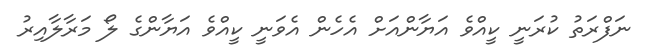
ނަފްރަތު ކުރަނީ ކީއްވެ އަޔާންއަށް އެހެން އެވަނީ ކީއްވެ އަޔާންގެ ލޯ މަރާލާއިރު